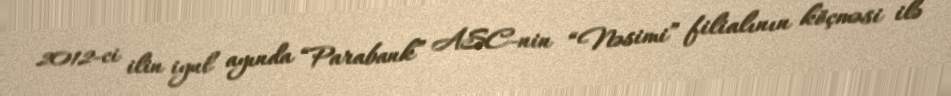
2012-ci ilin iyul ayında “Parabank” ASC-nin “Nəsimi” filialının köçməsi ilə